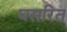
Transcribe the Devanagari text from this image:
घसरित